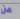
عن